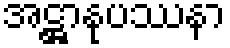
အဋ္ဌာနုပဿနာ